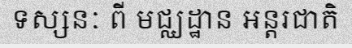
ទស្សនៈ ពី មជ្ឈដ្ឋាន អន្តរជាតិ